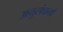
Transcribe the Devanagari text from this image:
अनुसंघनों